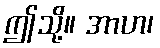
ဤသို့။ အာဟ၊